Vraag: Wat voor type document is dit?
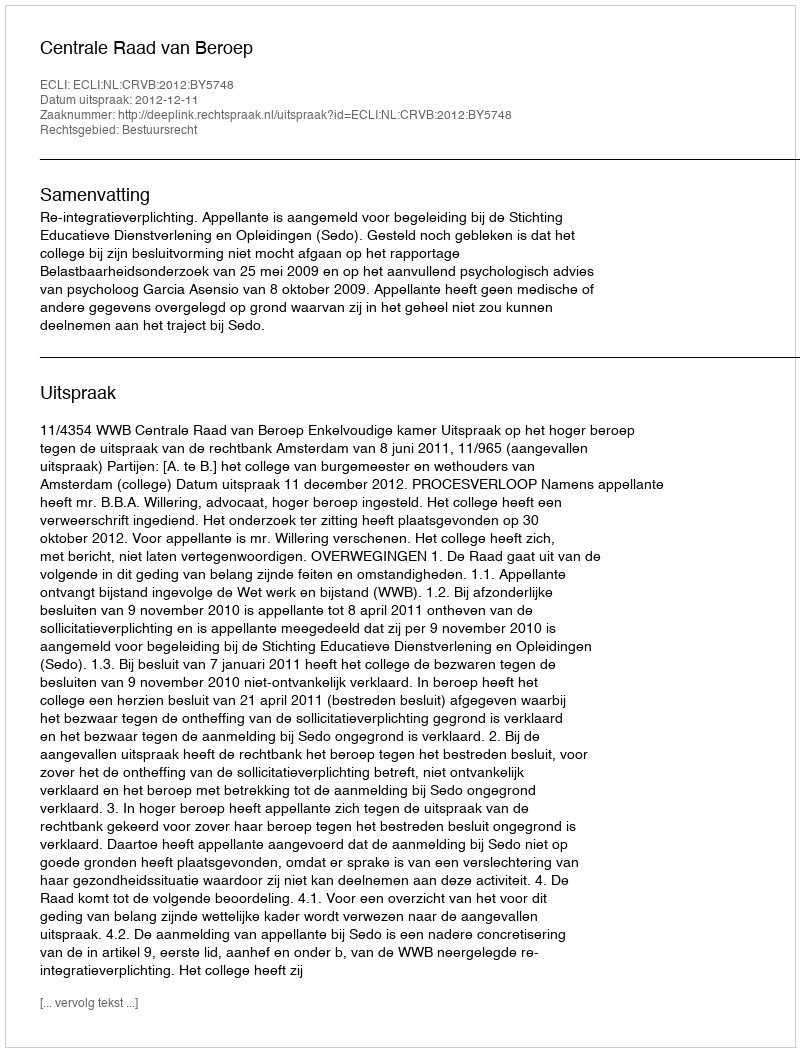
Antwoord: Uitspraak